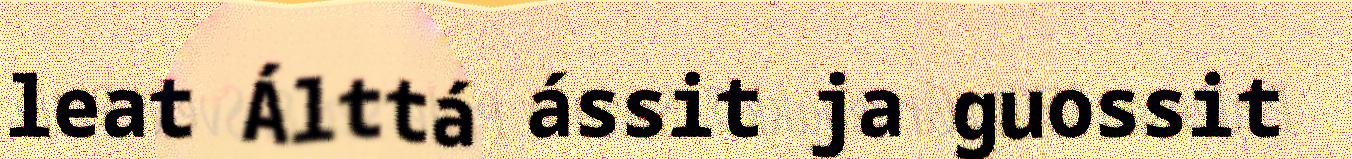
leat Álttá ássit ja guossit